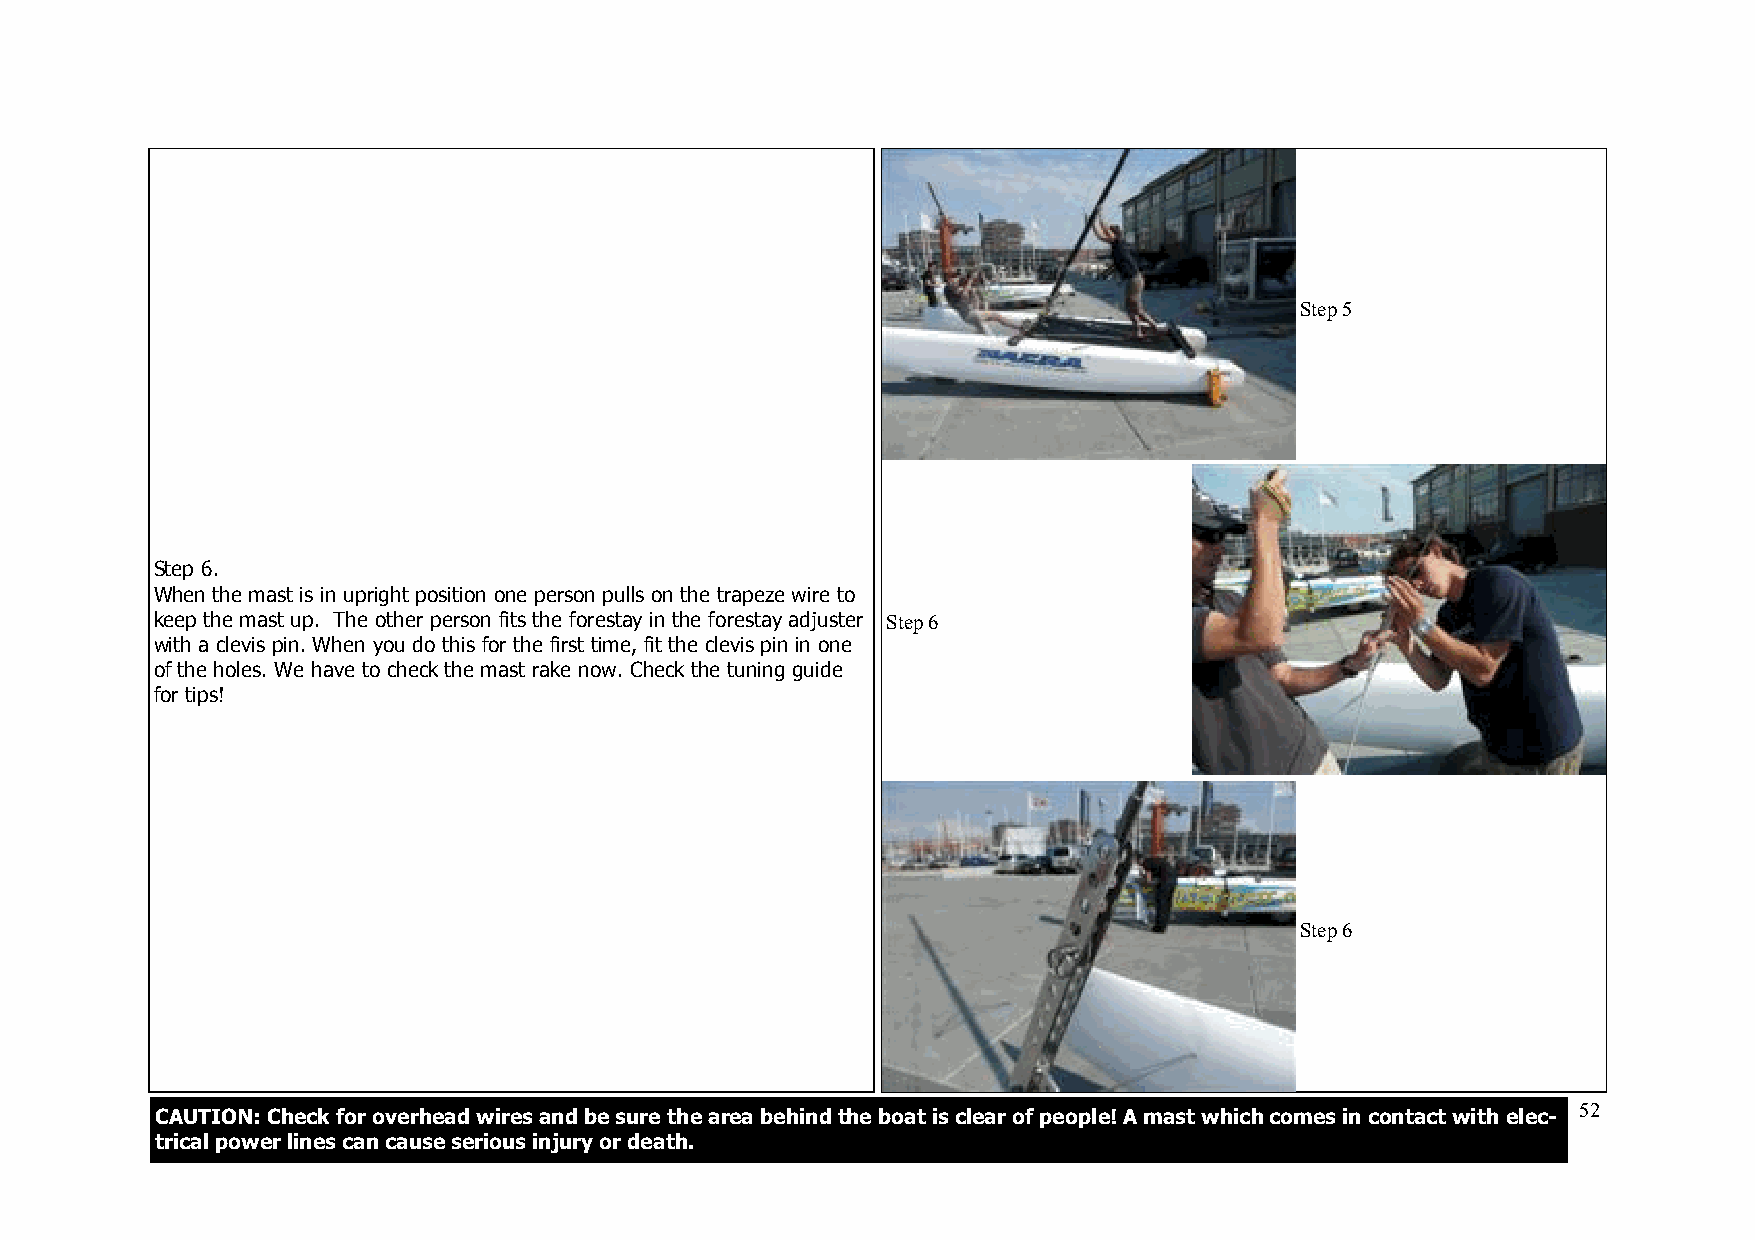
Step 5
 Step 6.
 When the mast is in upright position one person pulls on the trapeze wire to
 keep the mast up. The other person fits the forestay in the forestay adjuster Step 6
 with a clevis pin. When you do this for the first time, fit the clevis pin in one
 of the holes. We have to check the mast rake now. Check the tuning guide
 for tips!
 Step 6
 CAUTION: Check for overhead wires and be sure the area behind the boat is clear of people! A mast which comes in contact with elec- 52
 trical power lines can cause serious injury or death.